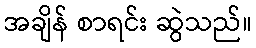
အချိန် စာရင်း ဆွဲသည်။